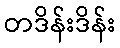
တဒိန်းဒိန်း